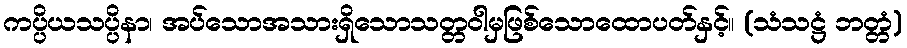
ကပ္ပိယသပ္ပိနာ၊ အပ်သောအသားရှိသောသတ္တဝါမှဖြစ်သောထောပတ်နှင့်။ (သံသဋ္ဌံ ဘတ္တံ)